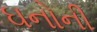
ઘનોની